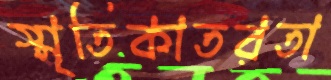
স্মৃতিকাতরতা